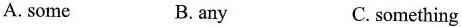
A.some B.any C.something